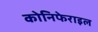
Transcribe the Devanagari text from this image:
कोनिफेराइल